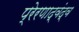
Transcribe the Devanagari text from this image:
प्रेरणाद्वंद्व